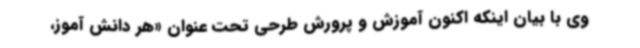
وی با بیان اینکه اکنون آموزش و پرورش طرحی تحت عنوان «هر دانش آموز،